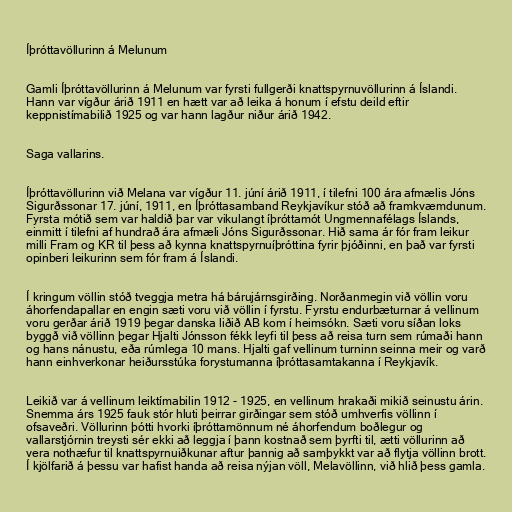
Íþróttavöllurinn á Melunum

Gamli Íþróttavöllurinn á Melunum var fyrsti fullgerði knattspyrnuvöllurinn á Íslandi.
Hann var vígður árið 1911 en hætt var að leika á honum í efstu deild eftir
keppnistímabilið 1925 og var hann lagður niður árið 1942.

Saga vallarins.

Íþróttavöllurinn við Melana var vígður 11. júní árið 1911, í tilefni 100 ára afmælis Jóns
Sigurðssonar 17. júní, 1911, en Íþróttasamband Reykjavíkur stóð að framkvæmdunum.
Fyrsta mótið sem var haldið þar var vikulangt íþróttamót Ungmennafélags Íslands,
einmitt í tilefni af hundrað ára afmæli Jóns Sigurðssonar. Hið sama ár fór fram leikur
milli Fram og KR til þess að kynna knattspyrnuíþróttina fyrir þjóðinni, en það var fyrsti
opinberi leikurinn sem fór fram á Íslandi.

Í kringum völlin stóð tveggja metra há bárujárnsgirðing. Norðanmegin við völlin voru
áhorfendapallar en engin sæti voru við völlin í fyrstu. Fyrstu endurbæturnar á vellinum
voru gerðar árið 1919 þegar danska liðið AB kom í heimsókn. Sæti voru síðan loks
byggð við völlinn þegar Hjalti Jónsson fékk leyfi til þess að reisa turn sem rúmaði hann
og hans nánustu, eða rúmlega 10 mans. Hjalti gaf vellinum turninn seinna meir og varð
hann einhverkonar heiðursstúka forystumanna íþróttasamtakanna í Reykjavík.

Leikið var á vellinum leiktímabilin 1912 - 1925, en vellinum hrakaði mikið seinustu árin.
Snemma árs 1925 fauk stór hluti þeirrar girðingar sem stóð umhverfis völlinn í
ofsaveðri. Völlurinn þótti hvorki íþróttamönnum né áhorfendum boðlegur og
vallarstjórnin treysti sér ekki að leggja í þann kostnað sem þyrfti til, ætti völlurinn að
vera nothæfur til knattspyrnuiðkunar aftur þannig að samþykkt var að flytja völlinn brott.
Í kjölfarið á þessu var hafist handa að reisa nýjan völl, Melavöllinn, við hlið þess gamla.